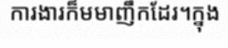
ការងារក៏មមាញឹកដែរ។ក្នុង